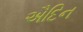
ઐદિન